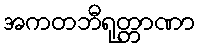
အကတဘီရုတ္တာဏာ